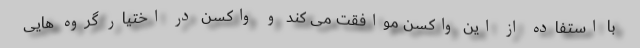
با استفاده از این واکسن موافقت می کند و واکسن در اختیار گروه هایی